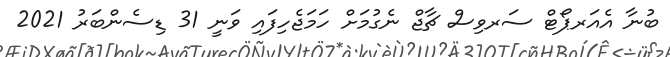
ބުނާ އެއަރޕޯޓް ސަރވިސް ޗާޖް ނެގުމަށް ހަމަޖެހިފައި ވަނީ 31 ޑިސެންބަރު 2021